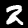
Digit: 2